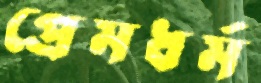
প্রেমধর্ম